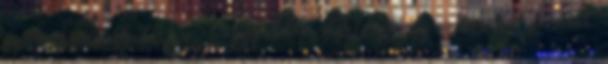
gyorsul az eljutás, a Nyugatitól Esztergomig akár 19 perccel